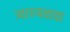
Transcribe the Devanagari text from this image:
त्र्याण्यवावा